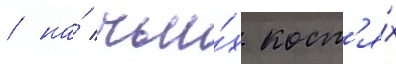
/ на́ чьи́х кост'я́х